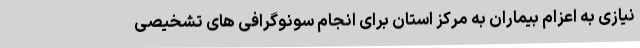
نیازی به اعزام بیماران به مرکز استان برای انجام سونوگرافی های تشخیصی